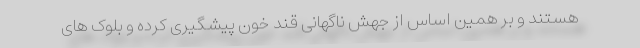
هستند و بر همین اساس از جهش ناگهانی قند خون پیشگیری کرده و بلوک های